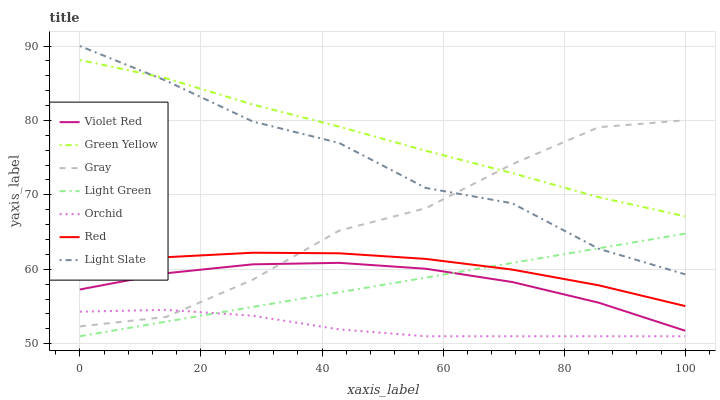
| xaxis_label | Violet Red | Green Yellow | Gray | Light Green | Orchid | Red | Light Slate |
 | --- | --- | --- | --- | --- | --- | --- | --- |
 | 0 | 57.3 | 88.1 | 52.3 | 51 | 54.3 | 60.3 | 90 |
 | 14.3 | 59.5 | 85.7 | 53.6 | 53 | 54.5 | 61.6 | 85.3 |
 | 28.6 | 60.7 | 82.1 | 58.6 | 54.9 | 53.8 | 62.2 | 79.9 |
 | 42.9 | 60.9 | 79.2 | 65.2 | 56.9 | 51.9 | 62.1 | 77 |
 | 57.1 | 60.1 | 75.9 | 68.2 | 58.9 | 51 | 61.4 | 70.9 |
 | 71.4 | 58.3 | 72.9 | 74.1 | 60.8 | 51 | 60 | 68.9 |
 | 85.7 | 55.5 | 69.7 | 79.1 | 62.8 | 51 | 57.8 | 62.8 |
 | 100 | 51.7 | 67.1 | 80 | 64.8 | 51 | 55.1 | 59.3 |